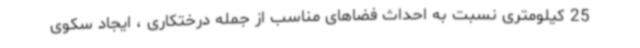
25 کیلومتری نسبت به احداث فضاهای مناسب از جمله درختکاری ، ایجاد سکوی